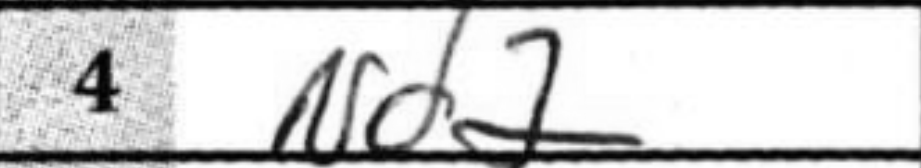
Transcription: Nd2